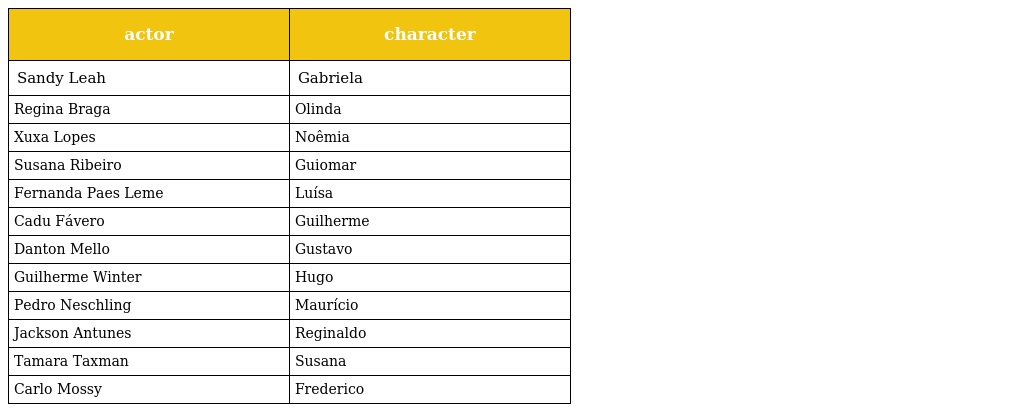
| actor | character |
 | --- | --- |
 | Sandy Leah | Gabriela |
 | Regina Braga | Olinda |
 | Xuxa Lopes | Noêmia |
 | Susana Ribeiro | Guiomar |
 | Fernanda Paes Leme | Luísa |
 | Cadu Fávero | Guilherme |
 | Danton Mello | Gustavo |
 | Guilherme Winter | Hugo |
 | Pedro Neschling | Maurício |
 | Jackson Antunes | Reginaldo |
 | Tamara Taxman | Susana |
 | Carlo Mossy | Frederico |